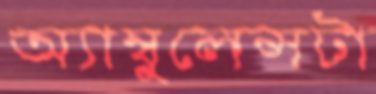
অ্যাম্বুলেন্সটা